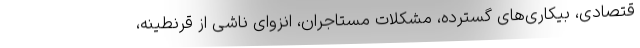
قتصادی، بیکاری‌های گسترده، مشکلات مستاجران، انزوای ناشی از قرنطینه،